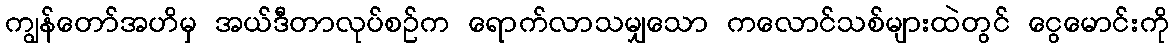
ကျွန်တော်အဟိမှ အယ်ဒီတာလုပ်စဉ်က ရောက်လာသမျှသော ကလောင်သစ်များထဲတွင် ငွေမောင်းကို